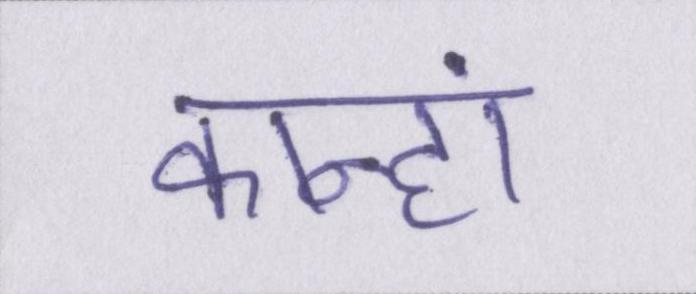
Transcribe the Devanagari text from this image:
कान्हां